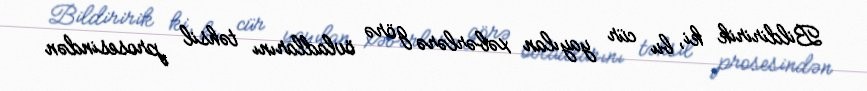
Bildiririk ki, bu cür yayılan xəbərlərə görə övladlarını təhsil prosesindən